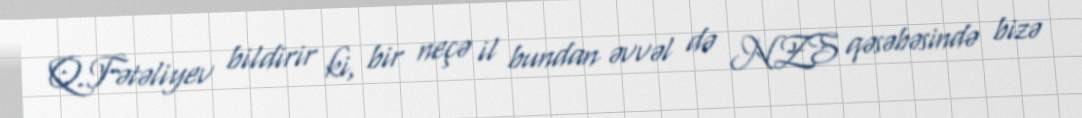
Q.Fətəliyev bildirir ki, bir neçə il bundan əvvəl də NZS qəsəbəsində bizə